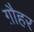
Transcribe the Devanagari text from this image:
ग़ौहर